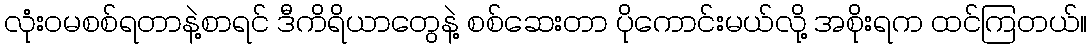
လုံးဝမစစ်ရတာနဲ့စာရင် ဒီကိရိယာတွေနဲ့ စစ်ဆေးတာ ပိုကောင်းမယ်လို့ အစိုးရက ထင်ကြတယ်။